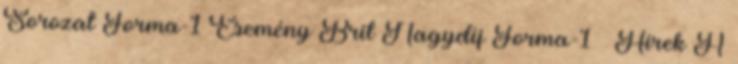
Sorozat Forma-1 Esemény Brit Nagydíj Forma-1 Hírek A